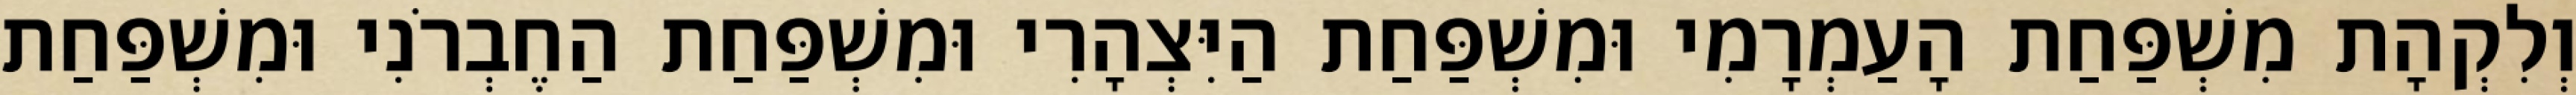
וְלִקְהָת מִשְׁפַּחַת הָעַמְרָמִי וּמִשְׁפַּחַת הַיִּצְהָרִי וּמִשְׁפַּחַת הַחֶבְרֹנִי וּמִשְׁפַּחַת